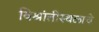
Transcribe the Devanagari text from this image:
विश्रांतीस्थळाचे